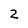
Character: 2